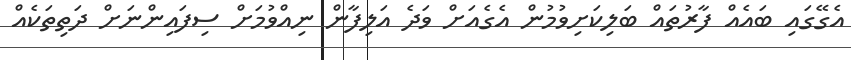
އެގޭގައި ބައެއް ފާރުތައް ބަލިކަށިވުމުން އެގެއަށް ވަދެ އަލިފާން ނިއްވުމަށް ސިފައިންނަަށް ދަތިތަކެއް